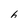
Character: 6